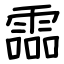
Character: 霝